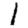
Digit: 1